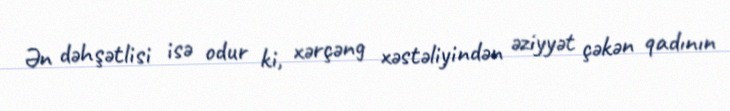
Ən dəhşətlisi isə odur ki, xərçəng xəstəliyindən əziyyət çəkən qadının